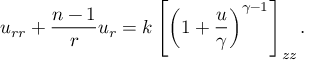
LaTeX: u _ { r r } + { \frac { n - 1 } { r } } u _ { r } = k \left[ \left( 1 + { \frac { u } { \gamma } } \right) ^ { \gamma - 1 } \right] _ { z z } .